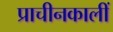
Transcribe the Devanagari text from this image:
प्राचीनकालीं